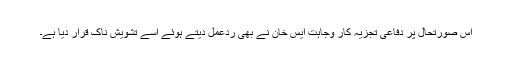
اس صورتحال پر دفاعی تجزیہ کار وجاہت ایس خان نے بھی ردعمل دیتے ہوئے اسے تشویش ناک قرار دیا ہے۔